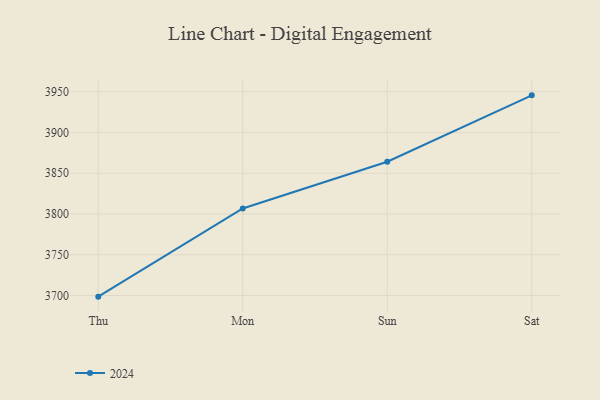
{"axis": {"x": "Day", "y": "Satisfaction Score"}, "legend": ["2024"], "data": [{"x": "Thu", "y": 3698.6, "type": "2024"}, {"x": "Mon", "y": 3806.8, "type": "2024"}, {"x": "Sun", "y": 3864.1, "type": "2024"}, {"x": "Sat", "y": 3945.5, "type": "2024"}]}